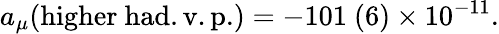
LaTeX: a_{\mu}(\mathrm{higher~had.v.p.})=-101\ (6)\times 10^{-11}.